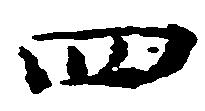
四